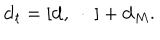
{ \bf d } _ { t } = [ { \bf d } , \ \cdot \ ] + { \bf d } _ { M } .